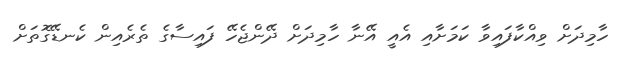
ހާމިދަށް ވިއްކާފައިވާ ކަމަށާއި އެއީ އޭނާ ހާމިދަށް ދޭންޖެހޭ ފައިސާގެ ތެރެއިން ކެނޑޭގޮތަށް